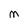
Character: M